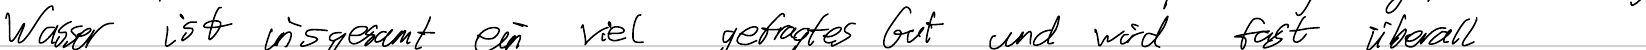
Wasser ist insgesamt ein viel gefragtes Gut und wird fast überall